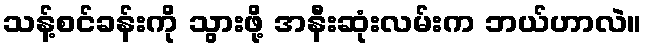
သန့်စင်ခန်းကို သွားဖို့ အနီးဆုံးလမ်းက ဘယ်ဟာလဲ။